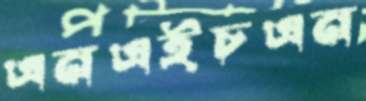
এনএইচএন